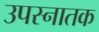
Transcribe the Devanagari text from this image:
उपस्नातक